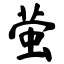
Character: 萤